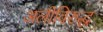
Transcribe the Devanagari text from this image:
अलीविरुद्ध